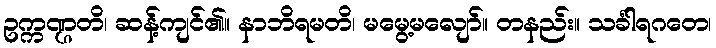
ဥက္ကဏ္ဌတိ၊ ဆန့်ကျင်၏။ နာဘိရမတိ၊ မမွေ့မလျော်။ တနည်း။ သင်္ခါရဂတေ၊